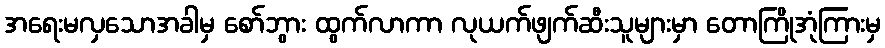
အရေးမလှသောအခါမှ စော်ဘွား ထွက်လာကာ လုယက်ဖျက်ဆီးသူများမှာ တောကြိုအုံကြားမှ